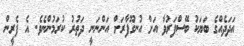
އަދަދެއްގެ ބަޔަކު ބޭސްފަރުވާ އަށް އުނގޫފާރަށް އަންނަނީ ދަތުރު ކުރަމުންްނެވެ. އެ ފެރީން